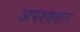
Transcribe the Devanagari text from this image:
अपश्वसन